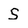
Character: S